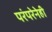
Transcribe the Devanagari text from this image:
परंपरेनेही